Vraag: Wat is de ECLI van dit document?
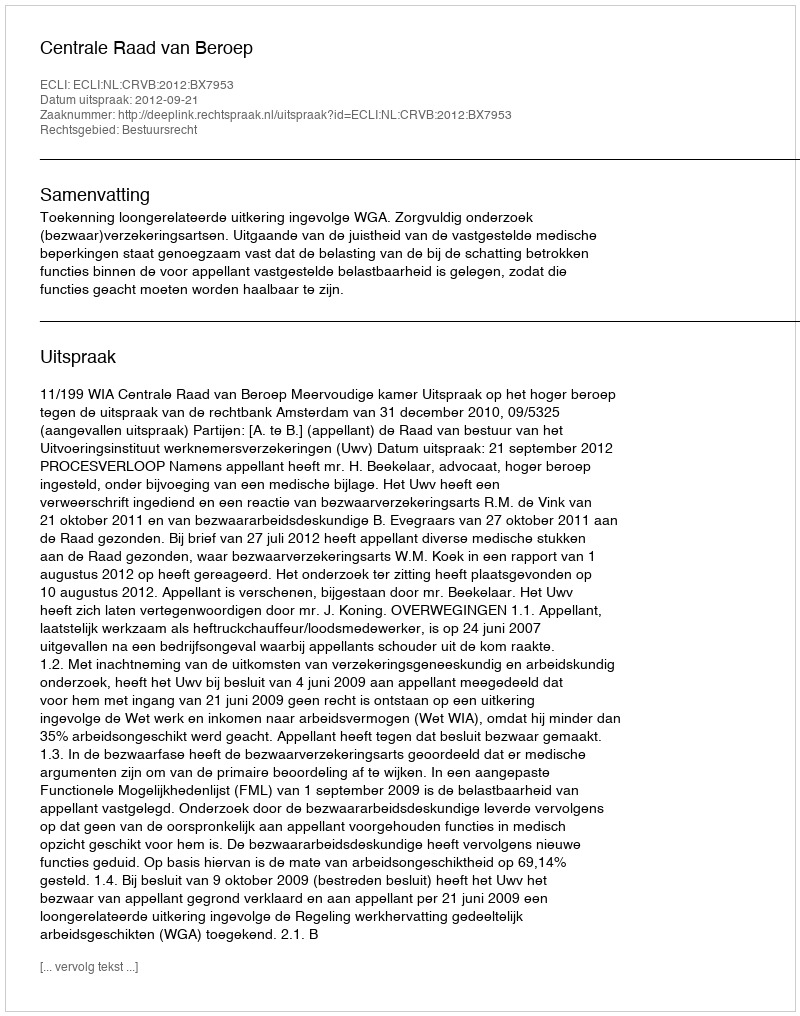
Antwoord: ECLI:NL:CRVB:2012:BX7953